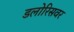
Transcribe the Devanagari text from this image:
डलोरिसवर